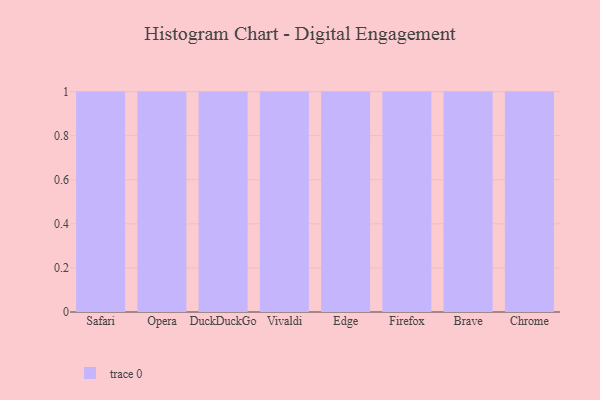
{"axis": {"x": "Browser", "y": "Population (Million)"}, "legend": [""], "data": [{"x": "Safari", "y": 18, "type": ""}, {"x": "Opera", "y": 45, "type": ""}, {"x": "DuckDuckGo", "y": 96, "type": ""}, {"x": "Vivaldi", "y": 1, "type": ""}, {"x": "Edge", "y": 51, "type": ""}, {"x": "Firefox", "y": 54, "type": ""}, {"x": "Brave", "y": 36, "type": ""}, {"x": "Chrome", "y": 89, "type": ""}]}